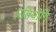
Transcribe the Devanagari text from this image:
प्रतियोगि